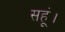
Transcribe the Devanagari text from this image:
सहूं।